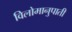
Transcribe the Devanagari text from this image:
विलोमानुपाती